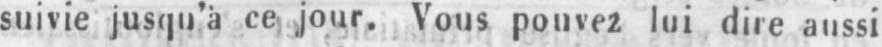
suivie jusqu’à ce jour. Vous pouvez lui dire aussi